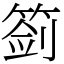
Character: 䈩